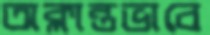
অক্লান্তভাবে